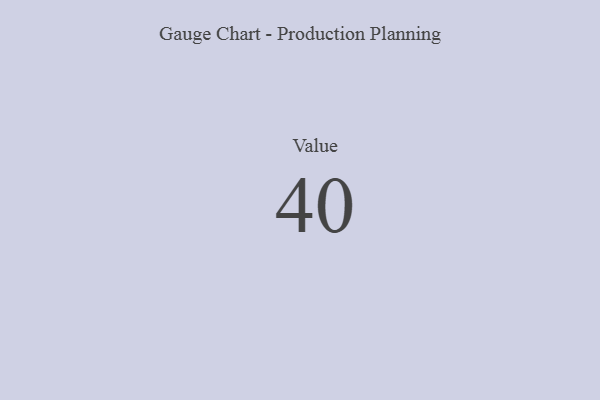
{"axis": {"x": "Metric", "y": "Value"}, "legend": [""], "data": [{"x": "Value", "y": 40, "type": ""}]}